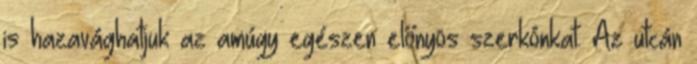
is hazavághatjuk az amúgy egészen előnyös szerkónkat. Az utcán